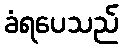
ခံရပေသည်